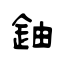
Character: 鈾